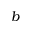
b